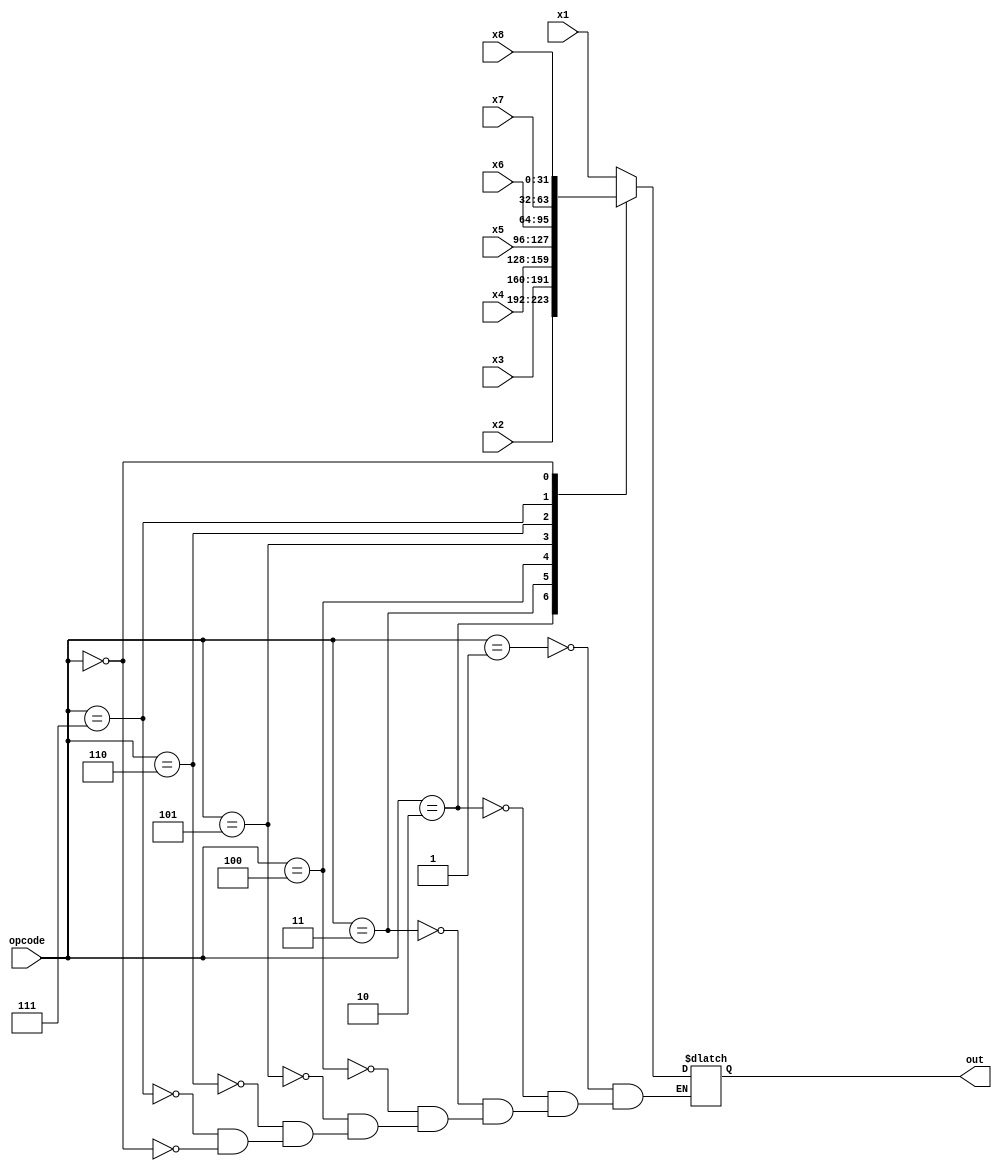
module Multiplexer(x1, x2, x3, x4, x5, x6, x7,x8 ,opcode, out);

    parameter N = 32;

    input [N-1:0] x1, x2, x3, x4, x5, x6, x7, x8; 
    input [3:0] opcode;
    

    output reg [31:0] out;

    always @(opcode,x1,x2,x3,x4,x5,x6,x7,x8) begin

    case(opcode)

    4'b0001: out <= x1;
    4'b0010: out <= x2;
    4'b0011: out <= x3;
    4'b0100: out <= x4;
    4'b0101: out <= x5;
    4'b0110: out <= x6;
    4'b0111: out <= x7;
    4'b0000: out <= x8;


    endcase


    end

endmodule